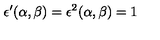
\epsilon ^ { \prime } ( \alpha , \beta ) = \epsilon ^ { 2 } ( \alpha , \beta ) = 1